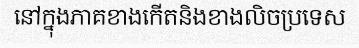
នៅក្នុងភាគខាងកើតនិងខាងលិចប្រទេស